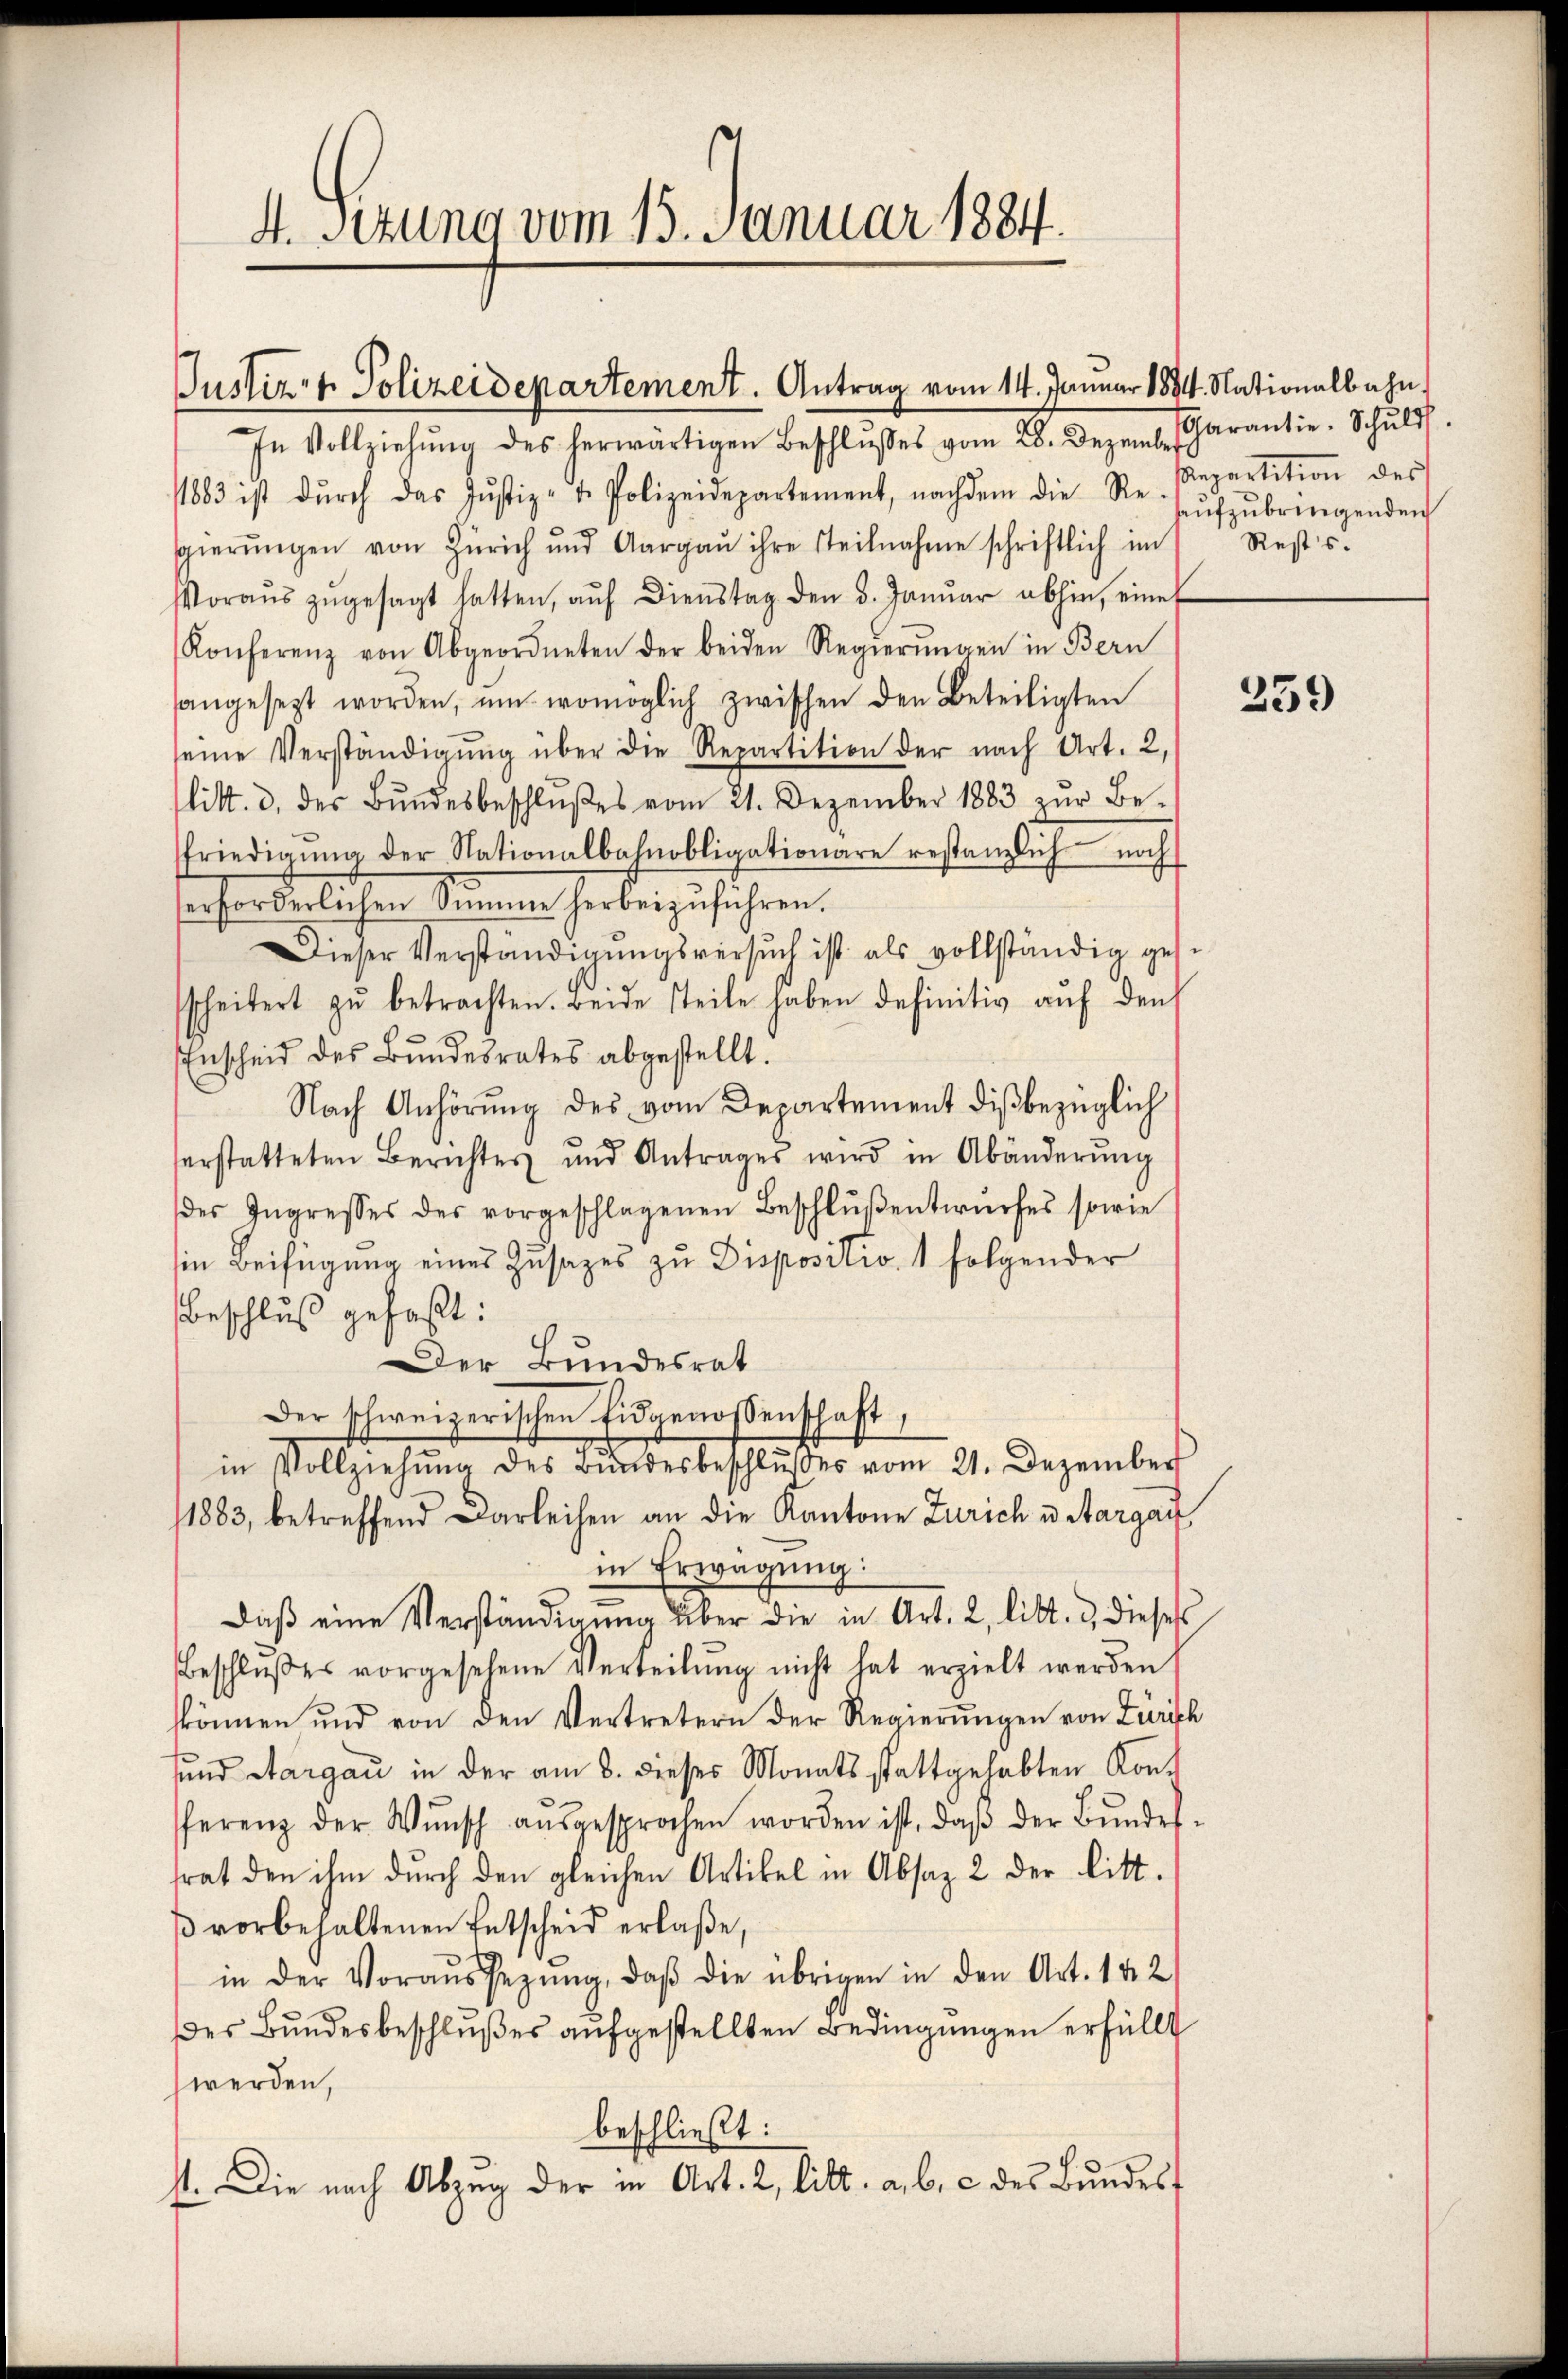
Justiz- & Polizeidepartement. Antrag vom 14. Januar 1894. Nationalbahn,

4. Sizung vom 15. Januar 1884.

In Vollziehŭng des herwärtigen Beschlŭsses vom 28. Dezemb. Garantie. Schŭld
/1883 ist dŭrch das Jŭstiz- u. Polizeidepartement, nachdem die Re-
sgierŭngen von Zürich und Aargaŭ ihre steilnahme schriftlich im
oraŭs zŭgesagt hatten, aŭf dienstag den 3. Janŭar abhin, eine
Konferenz von Abgeordneten der beiden Regierŭngen in Bern
sangesezt worden, ŭm womöglich zwischen den Beteiligten
seine Verständigŭng über die Repartition der nach Art. 2,
litt. d. des Bŭndesbeschlŭβes vom 21. Dezember 1883 zŭr Be-
friedigŭng der Nationalbahnobligationäre restanzlich noch
serforderlichen Stimmen herbeizuführen.
Dieser Verständigŭngsversŭch ist als vollständig ges
sscheitert zŭ betrachten. Beide steile haben definitiv auf den
Enscheid des Bundesrates abgestellt.
Nach Anhörung des vom Departement diβbezüglich
herstatteten Berichtes und Antrages wird in Abänderŭng
des Ingresses des vorgeschlagenen Beschlŭβentwŭrfes sowie
in Beifügung eines Zusatzes zu Dispositiv 1 folgender
Beschluß gefaßt:
Der Bundesrat
Der schweizerischen Eidgenossenschaft,
.
in Vollziehŭng des Bŭndesbeschlŭsses vom 21. Dezember
1883, betreffend Darleihen an die Kantone Zürich u. Aargau
in Erwägung:
daβ eine Verständigŭng über die in Art. 2, litt. u. dieses
beschlŭβer vorgesehene Verteilŭng nicht hat erzielt werden
können und von den Vertretern der Regierŭngen von Zürich
sund Aargau in der am 8. dieses Monats stattgehabten Kont
fferenz der Wŭnsch aŭsgesprochen worden ist, daβ der Bŭndes-
trat den ihm durch den gleichen Artikel in Absaz 2 der litt.
β vorbehaltenen Entscheid erlaße,
in der Voraŭssetzŭng, daβ die übrigen in den Art. 142
Des Bundesbeschlußes aufgestellten Bedingungen erfüllt
werden,
beschließt:
st. Die nach Abzŭg der in Art. 2, litt. a. b. c des Bŭndes-

epartition des
aufzubringenden
Rests.

259